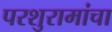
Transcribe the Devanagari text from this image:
परशुरामांचा